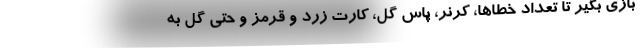
بازی بگیر تا تعداد خطاها، کرنر، پاس گل، کارت زرد و قرمز و حتی گل به